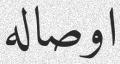
اوصاله